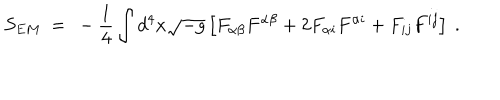
S _ { E M } ~ = ~ - { \frac { 1 } { 4 } } \int d ^ { 4 } x { \sqrt { - g } } \left[ F _ { \alpha \beta } F ^ { \alpha \beta } + 2 F _ { \alpha i } F ^ { \alpha i } + F _ { i j } F ^ { i j } \right] ~ .